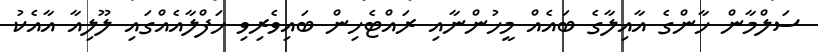
ސަލްމާން ހާންގެ އާއިލާގެ ބައެއް މީހުންނާއި ރައްޓެހިން ބައިވެރިވި ހަފްލާއެއްގައި ލޫލިއާ އާއެކު